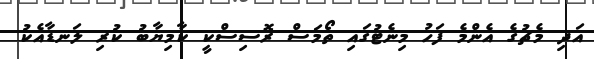
އަދި މެޗުގެ އެންމެ ފަހު މިނެޓުގައި ތޯމަސް ރޮސިސްކީ ކާމިޔާބު ކުރި ލަނޑާއެކު